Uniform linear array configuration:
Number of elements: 12
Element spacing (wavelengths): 0.25
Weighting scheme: binomial
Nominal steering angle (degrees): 15
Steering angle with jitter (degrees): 15.474
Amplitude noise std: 0.05
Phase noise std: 0.05

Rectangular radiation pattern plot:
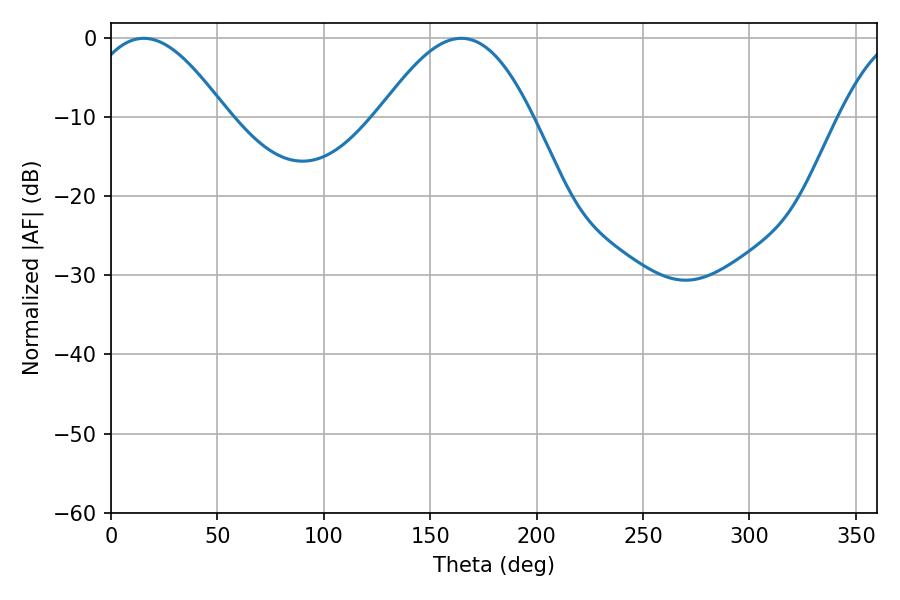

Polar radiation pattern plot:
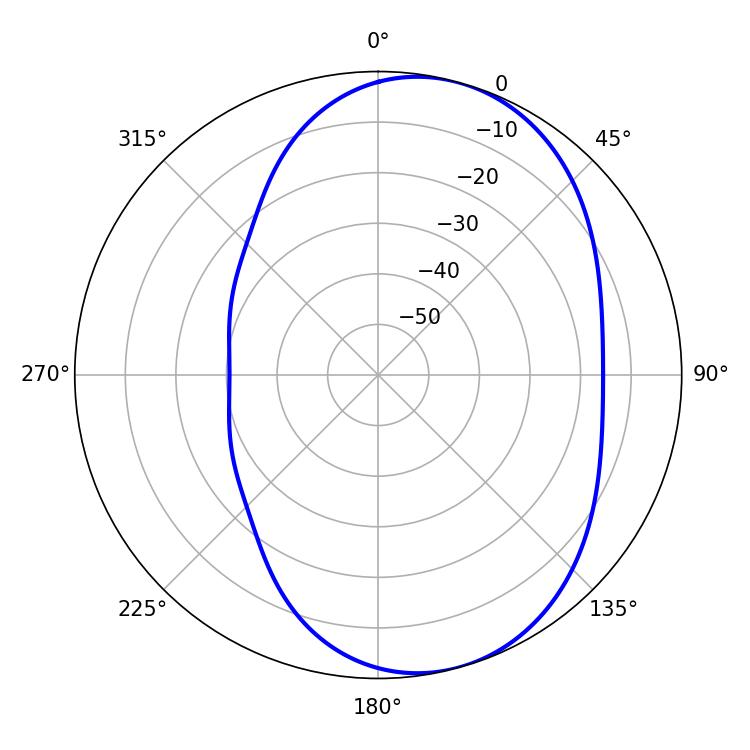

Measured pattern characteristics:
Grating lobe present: FALSE
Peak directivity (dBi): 6.471
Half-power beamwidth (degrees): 35.82
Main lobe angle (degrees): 15.48